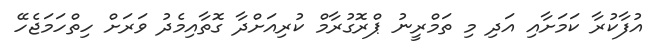
އުފާކުރާ ކަމަށާއި އަދި މި ތަމްރީނު ޕްރޮގުރާމް ކުރިއަށްދާ ގޮތާއިމެދު ވަރަށް ހިތްހަމަޖެހޭ